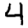
Digit: 4